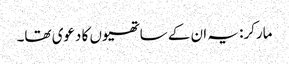
مارکر: یہ ان کے ساتھیوں کا دعوی تھا۔